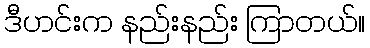
ဒီဟင်းက နည်းနည်း ကြာတယ်။